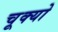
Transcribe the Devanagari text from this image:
चूक्यो